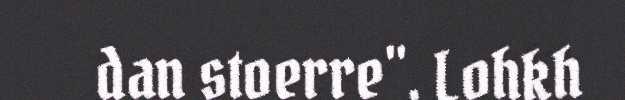
dan stoerre". Lohkh